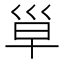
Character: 𰏄